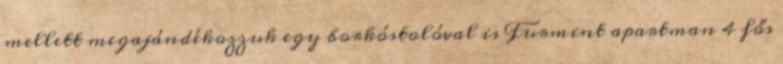
mellett megajándékozzuk egy borkóstolóval is Furmint apartman 4 fős